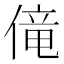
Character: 𫣏